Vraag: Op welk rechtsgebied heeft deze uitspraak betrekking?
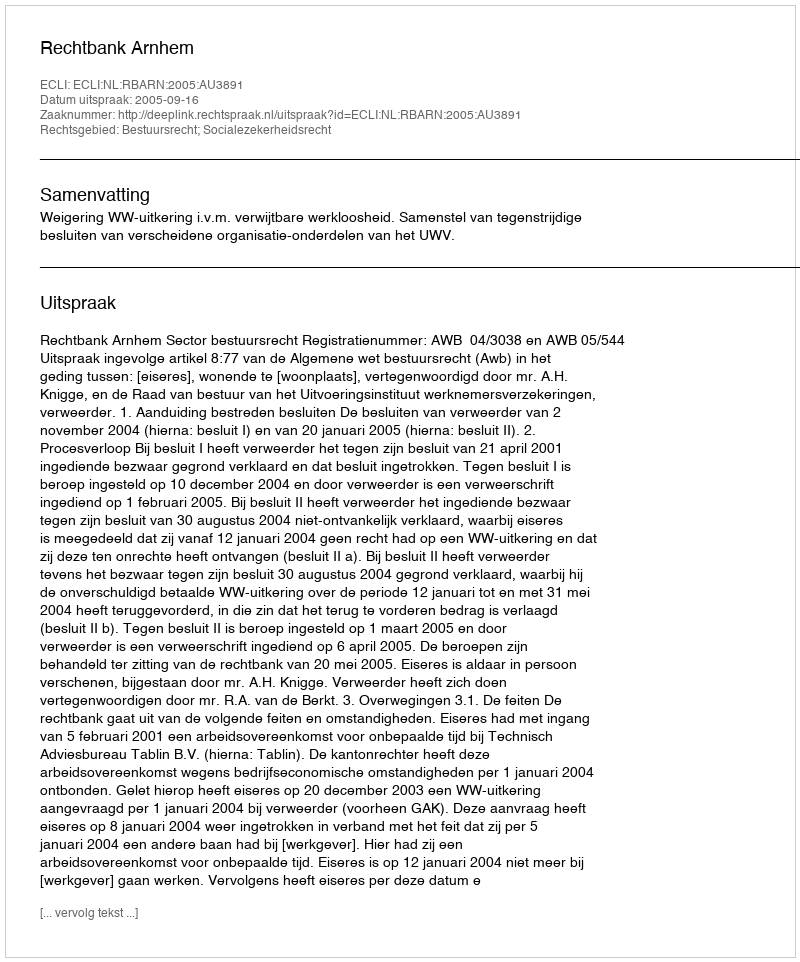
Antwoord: Bestuursrecht; Socialezekerheidsrecht